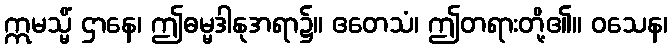
ဣမသ္မိံ ဌာနေ၊ ဤဓမ္မဒါနုအရာ၌။ ဧတေသံ၊ ဤတရားတို့၏။ ဝသေန၊